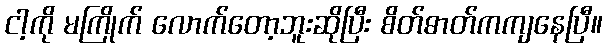
ငါ့ကို မကြိုက် လောက်တော့ဘူးဆိုပြီး စိတ်ဓာတ်ကကျနေပြီ။